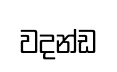
වදන්ඩ